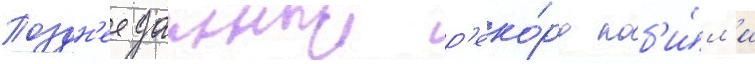
Поздн'ее данныи р'еко́рд поб'и́л'и